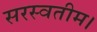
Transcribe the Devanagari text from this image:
सरस्वतीम।